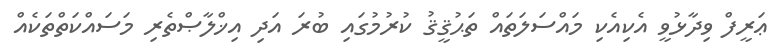
ޢަރީފް ވިދާޅުވީ އެކިއެކި މައްސަލަތައް ތަޙުޤީޤު ކުރުމުގައި ބުރަ އަދި އިޚްލާޞްތެރި މަސައްކަތްތަކެއް